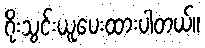
ဂိုးသွင်းယူပေးထားပါတယ်။